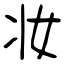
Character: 妆